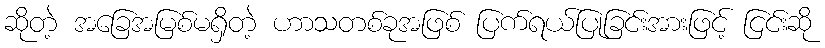
ဆိုတဲ့ အခြေအမြစ်မရှိတဲ့ ဟာသတစ်ခုအဖြစ် ပြက်ရယ်ပြုခြင်းအားဖြင့် ငြင်းဆို